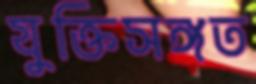
যুক্তিসঙ্গত